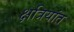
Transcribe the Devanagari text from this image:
क्षत्रियांत